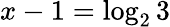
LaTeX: x-1=\log_{2}3